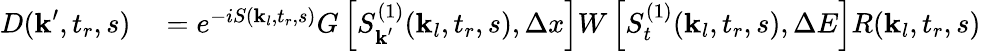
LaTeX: \begin{array}{rl}{D(\textbf{k}^{\prime},t_{r},s)}&{{}=e^{-iS(\textbf{k}_{l},t_{r},s)}G\left[S_{\textbf{k}^{\prime}}^{(1)}(\textbf{k}_{l},t_{r},s),\Delta x\right]W\left[S_{t}^{(1)}(\textbf{k}_{l},t_{r},s),\Delta E\right]R(\textbf{k}_{l},t_{r},s)}\end{array}